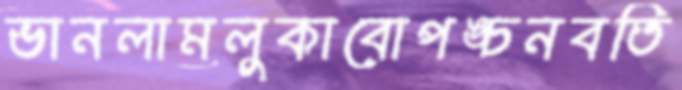
ভানলামলুকাবোপঙ্চনবতি